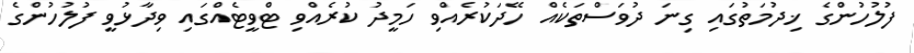
ފުލުހުންގެ ޚިދުމަތުގައި ގިނަ ދުވަސްތަކެއް ހޭދަކުރެއްވި ހަމީދު ކުރެއްވި ޓްވީޓެއްގައި ވިދާޅުވީ ފުލުހުންގެ